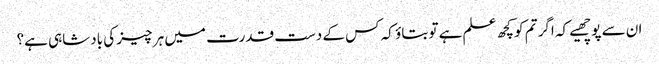
ان سے پوچھیے کہ اگر تم کو کچھ علم ہے تو بتاؤ کہ کس کے دست قدرت میں ہر چیز کی بادشاہی ہے؟